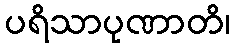
ပရိသာပုဏာတိ၊